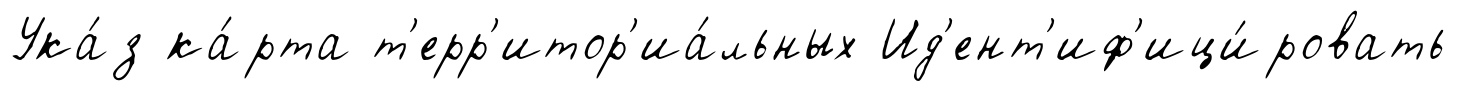
Ука́з ка́рта т'ерр'итор'иа́льных Ид'ент'иф'ици́ровать